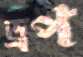
ড্রপ